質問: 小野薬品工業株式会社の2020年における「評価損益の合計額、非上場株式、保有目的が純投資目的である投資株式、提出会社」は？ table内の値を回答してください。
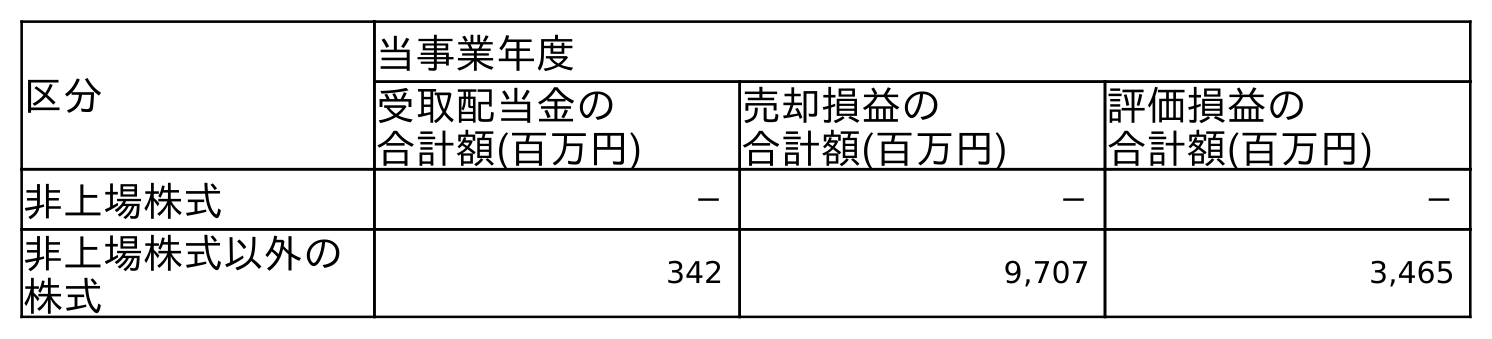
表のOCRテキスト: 区分 当事業年度 受取配当金の 合計額(百万円) 売却損益の 合計額(百万円) 評価損益の 合計額(百万円) 非上場株式 － － － 非上場株式以外の 株式 342 9,707 3,465
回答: －